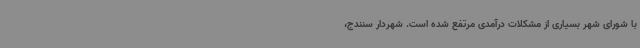
با شورای شهر بسیاری از مشکلات درآمدی مرتفع شده است. شهردار سنندج،